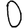
Digit: 0